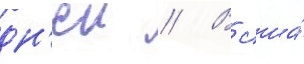
дн'еи // В сша́